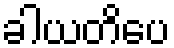
ခါယတိပေ